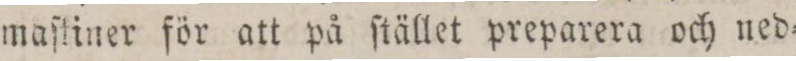
maſtiner för att på ſtället preparera och ned=